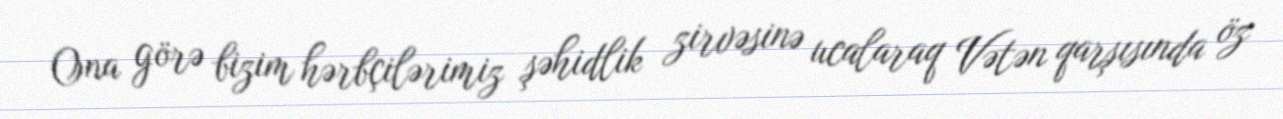
Ona görə bizim hərbçilərimiz şəhidlik zirvəsinə ucalaraq Vətən qarşısında öz